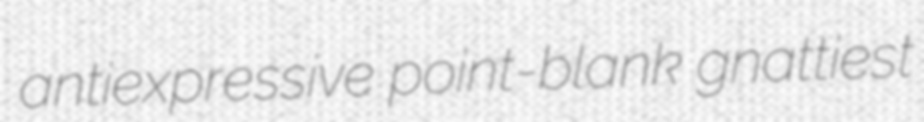
antiexpressive point-blank gnattiest